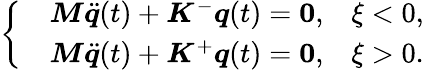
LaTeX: \left\lbrace\begin{array}{rlr}&{\boldsymbol{M}\ddot{\boldsymbol{q}}(t)+\boldsymbol{K}^{-}\boldsymbol{q}(t)=\boldsymbol{0},}&{\xi<0,}\\ &{\boldsymbol{M}\ddot{\boldsymbol{q}}(t)+\boldsymbol{K}^{+}\boldsymbol{q}(t)=\boldsymbol{0},}&{\xi>0.}\end{array}\right.